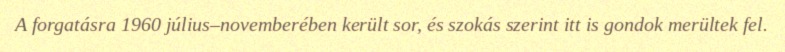
A forgatásra 1960 július–novemberében került sor, és szokás szerint itt is gondok merültek fel.